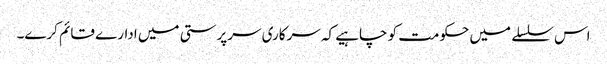
اس سلسلے میں حکومت کو چاہیے کہ سرکاری سرپرستی میں ادارے قائم کرے۔